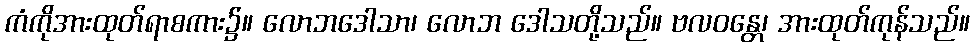
ကံကိုအားထုတ်ရာစကား၌။ လောဘဒေါသာ၊ လောဘ ဒေါသတို့သည်။ ဗလဝန္တေ၊ အားထုတ်ကုန်သည်။